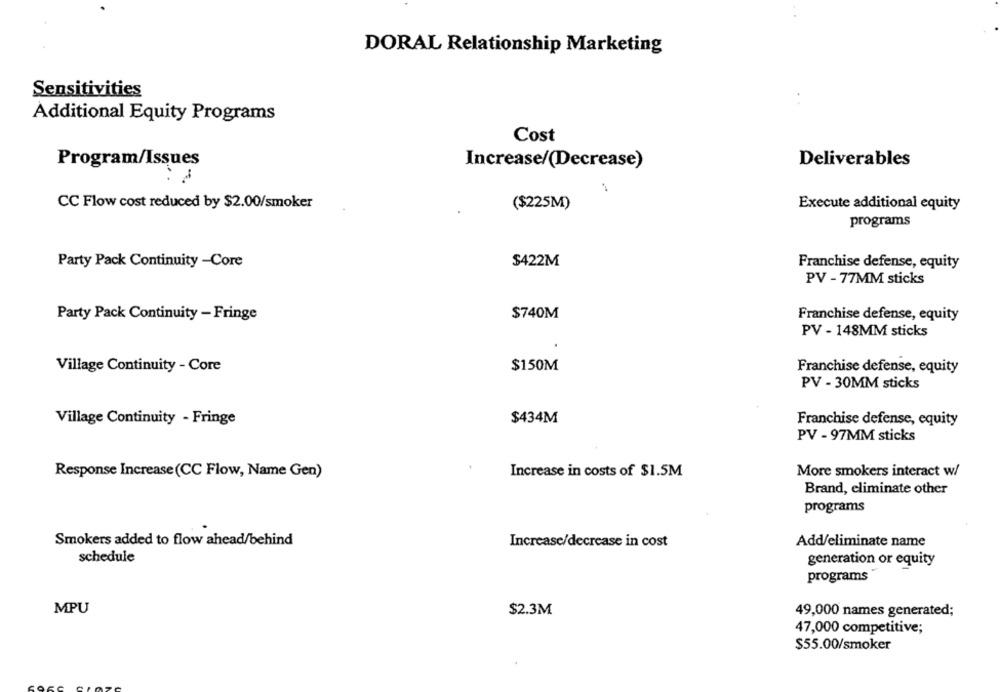
DORAL Relationship Marketing
Sensitivities
...
Additional Equity Programs
Cost
Program/Issues
Increase/(Decrease)
Deliverables
CC Flow cost reduced by $2.00/smoker
($225M)
Execute additional equity
programs
Party Pack Continuity -Core
$422M
Franchise defense, equity
PV - 77MM sticks
Party Pack Continuity - Fringe
$740M
Franchise defense, equity
PV - 148MM sticks
$150M
Village Continuity - Core
Franchise defense, equity
PV - 30MM sticks
Village Continuity - Fringe
$434M
Franchise defense, equity
PV - 97MM sticks
Response Increase (CC Flow, Name Gen)
Increase in costs of $1.5M
More smokers interact w/
Brand, eliminate other
programs
Smokers added to flow ahead/behind
Increase/decrease in cost
Add/eliminate name
schedule
generation or equity
programs
MPU
$2.3M
49,000 names generated;
47,000 competitive;
$55.00/smoker